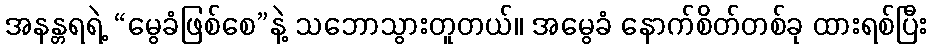
အနန္တရရဲ့ “မွေခံဖြစ်စေ”နဲ့ သဘောသွားတူတယ်။ အမွေခံ နောက်စိတ်တစ်ခု ထားရစ်ပြီး